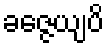
ခဇ္ဇေယျပိ